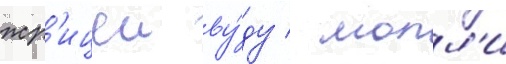
жр'ицеи ву́ду / молл'и